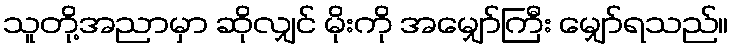
သူတို့အညာမှာ ဆိုလျှင် မိုးကို အမျှော်ကြီး မျှော်ရသည်။